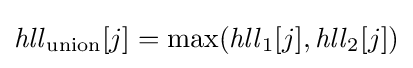
{\mathit {hll}}_{\text{union}}[j]=\max({\mathit {hll}}_{1}[j],{\mathit {hll}}_{2}[j])